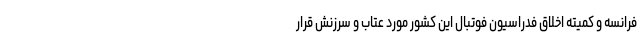
فرانسه و کمیته اخلاق فدراسیون فوتبال این کشور مورد عتاب و سرزنش قرار